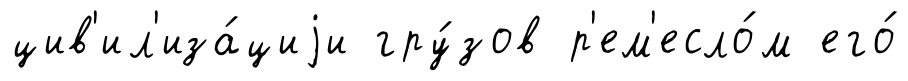
цив'ил'иза́циjи гру́зов р'ем'есло́м его́